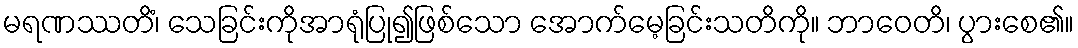
မရဏဿတိံ၊ သေခြင်းကိုအာရုံပြု၍ဖြစ်သော အောက်မေ့ခြင်းသတိကို။ ဘာဝေတိ၊ ပွားစေ၏။